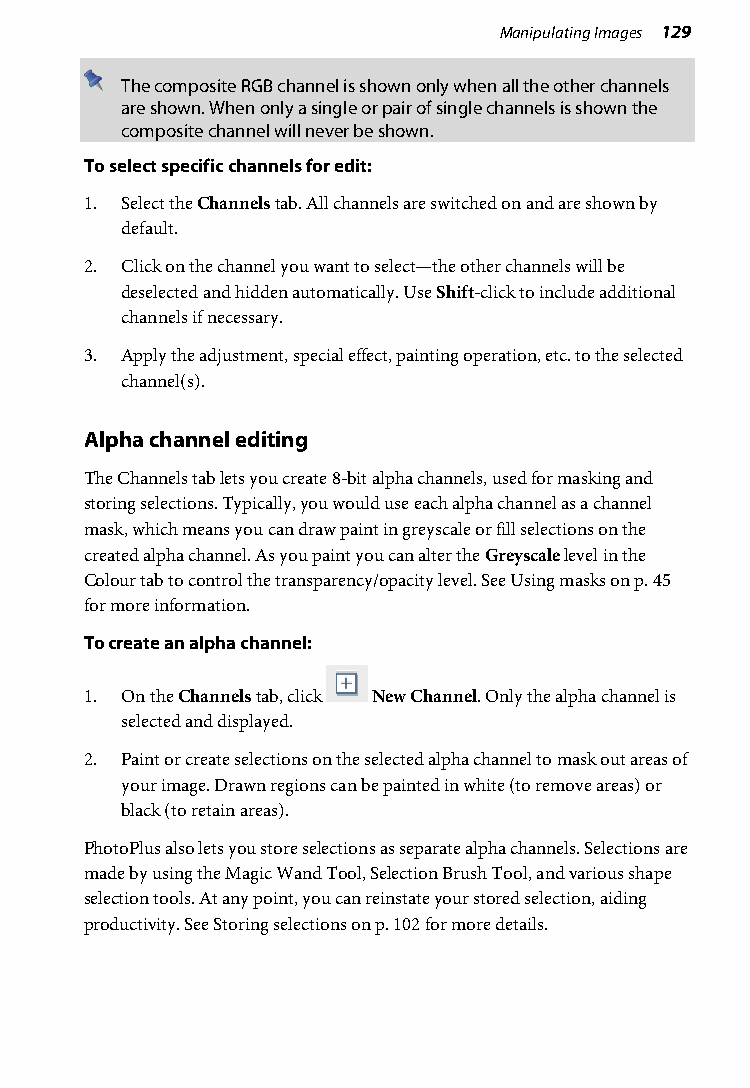
Manipulating Images 129
 The composite RGB channel is shown only when all the other channels
 are shown. When only a single or pair of single channels is shown the
 composite channel will never be shown.
 To select specific channels for edit:
 1. Select the Channels tab. All channels are switched on and are shown by
 default.
 2. Click on the channel you want to select—the other channels will be
 deselected and hidden automatically. Use Shift-click to include additional
 channels if necessary.
 3. Apply the adjustment, special effect, painting operation, etc. to the selected
 channel(s).
 Alpha channel editing
 The Channels tab lets you create 8-bit alpha channels, used for masking and
 storing selections. Typically, you would use each alpha channel as a channel
 mask, which means you can draw paint in greyscale or fill selections on the
 created alpha channel. As you paint you can alter the Greyscale level in the
 Colour tab to control the transparency/opacity level. See Using masks on p. 45
 for more information.
 To create an alpha channel:
 1. On the Channels tab, click New Channel. Only the alpha channel is
 selected and displayed.
 2. Paint or create selections on the selected alpha channel to mask out areas of
 your image. Drawn regions can be painted in white (to remove areas) or
 black (to retain areas).
 PhotoPlus also lets you store selections as separate alpha channels. Selections are
 made by using the Magic Wand Tool, Selection Brush Tool, and various shape
 selection tools. At any point, you can reinstate your stored selection, aiding
 productivity. See Storing selections on p. 102 for more details.